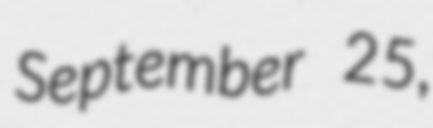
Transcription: September 25,